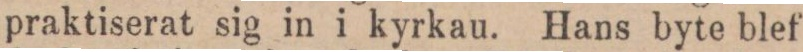
praktiserat sig in i kyrkau. Hans byte blef